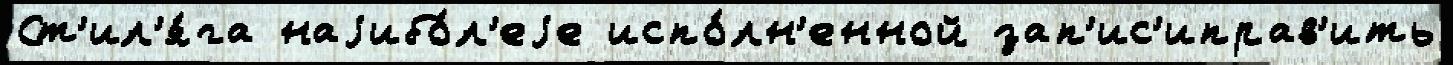
Ст'ил'я́га наjибо́л'еjе испо́лн'енной зап'ис'иправ'ить